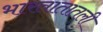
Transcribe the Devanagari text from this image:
भारतातातली